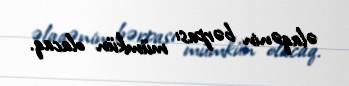
əlaqənin bərpası mümkün olacaq.